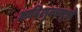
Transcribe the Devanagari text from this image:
आदिशुल्बसूत्रों